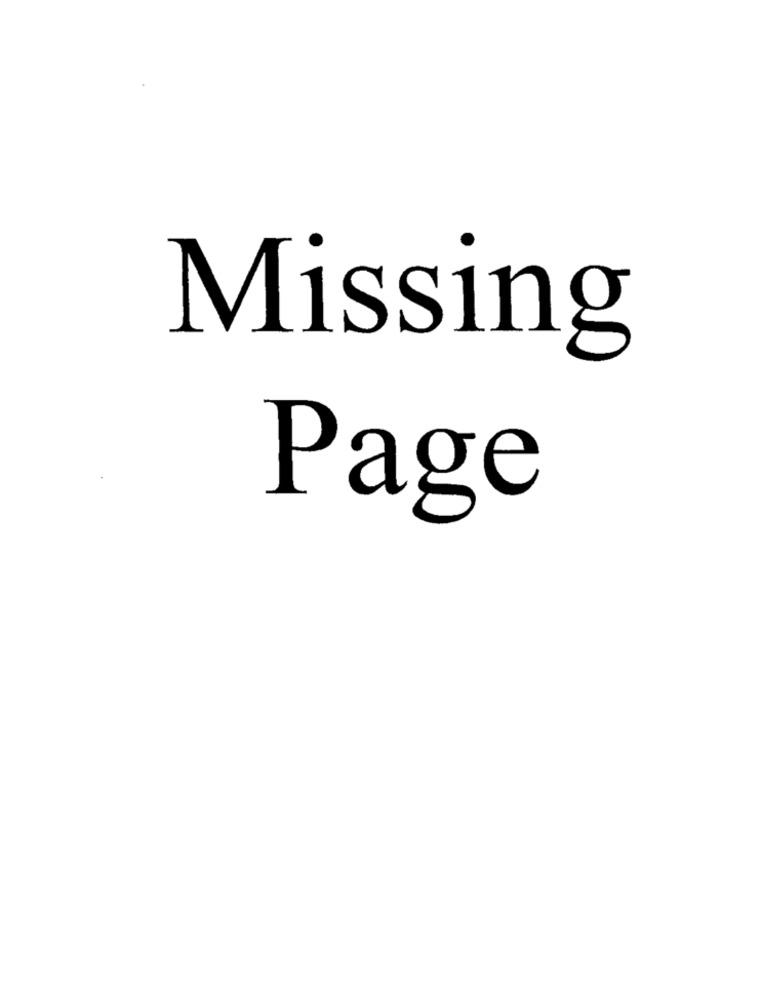
Missing
Page